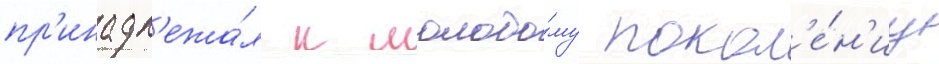
пр'инадл'ежа́л к молодо́му покол'е́н'иу